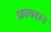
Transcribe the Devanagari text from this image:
फ्राक्सन